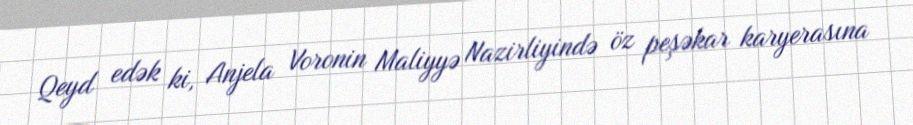
Qeyd edək ki, Anjela Voronin Maliyyə Nazirliyində öz peşəkar karyerasına